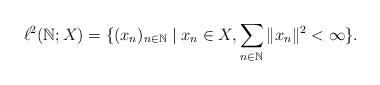
LaTeX: \begin{align*} \ell^2({\mathbb N};X) = \{ (x_n)_{n \in {\mathbb N}} \mid x_n \in X, \sum_{n \in {\mathbb N}} \|x_n\|^2 < \infty\}. \end{align*}